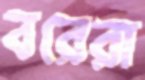
বরেরা